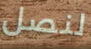
لنصل